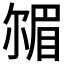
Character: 𡮠